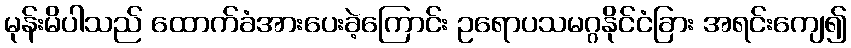
မုန်းမိပါသည် ထောက်ခံအားပေးခဲ့ကြောင်း ဥရောပသမဂ္ဂနိုင်ငံခြား အရင်းကျေ၍